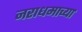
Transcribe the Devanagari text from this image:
नराधमाच्या